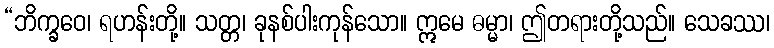
“ဘိက္ခဝေ၊ ရဟန်းတို့။ သတ္တ၊ ခုနစ်ပါးကုန်သော။ ဣမေ ဓမ္မာ၊ ဤတရားတို့သည်။ သေခဿ၊